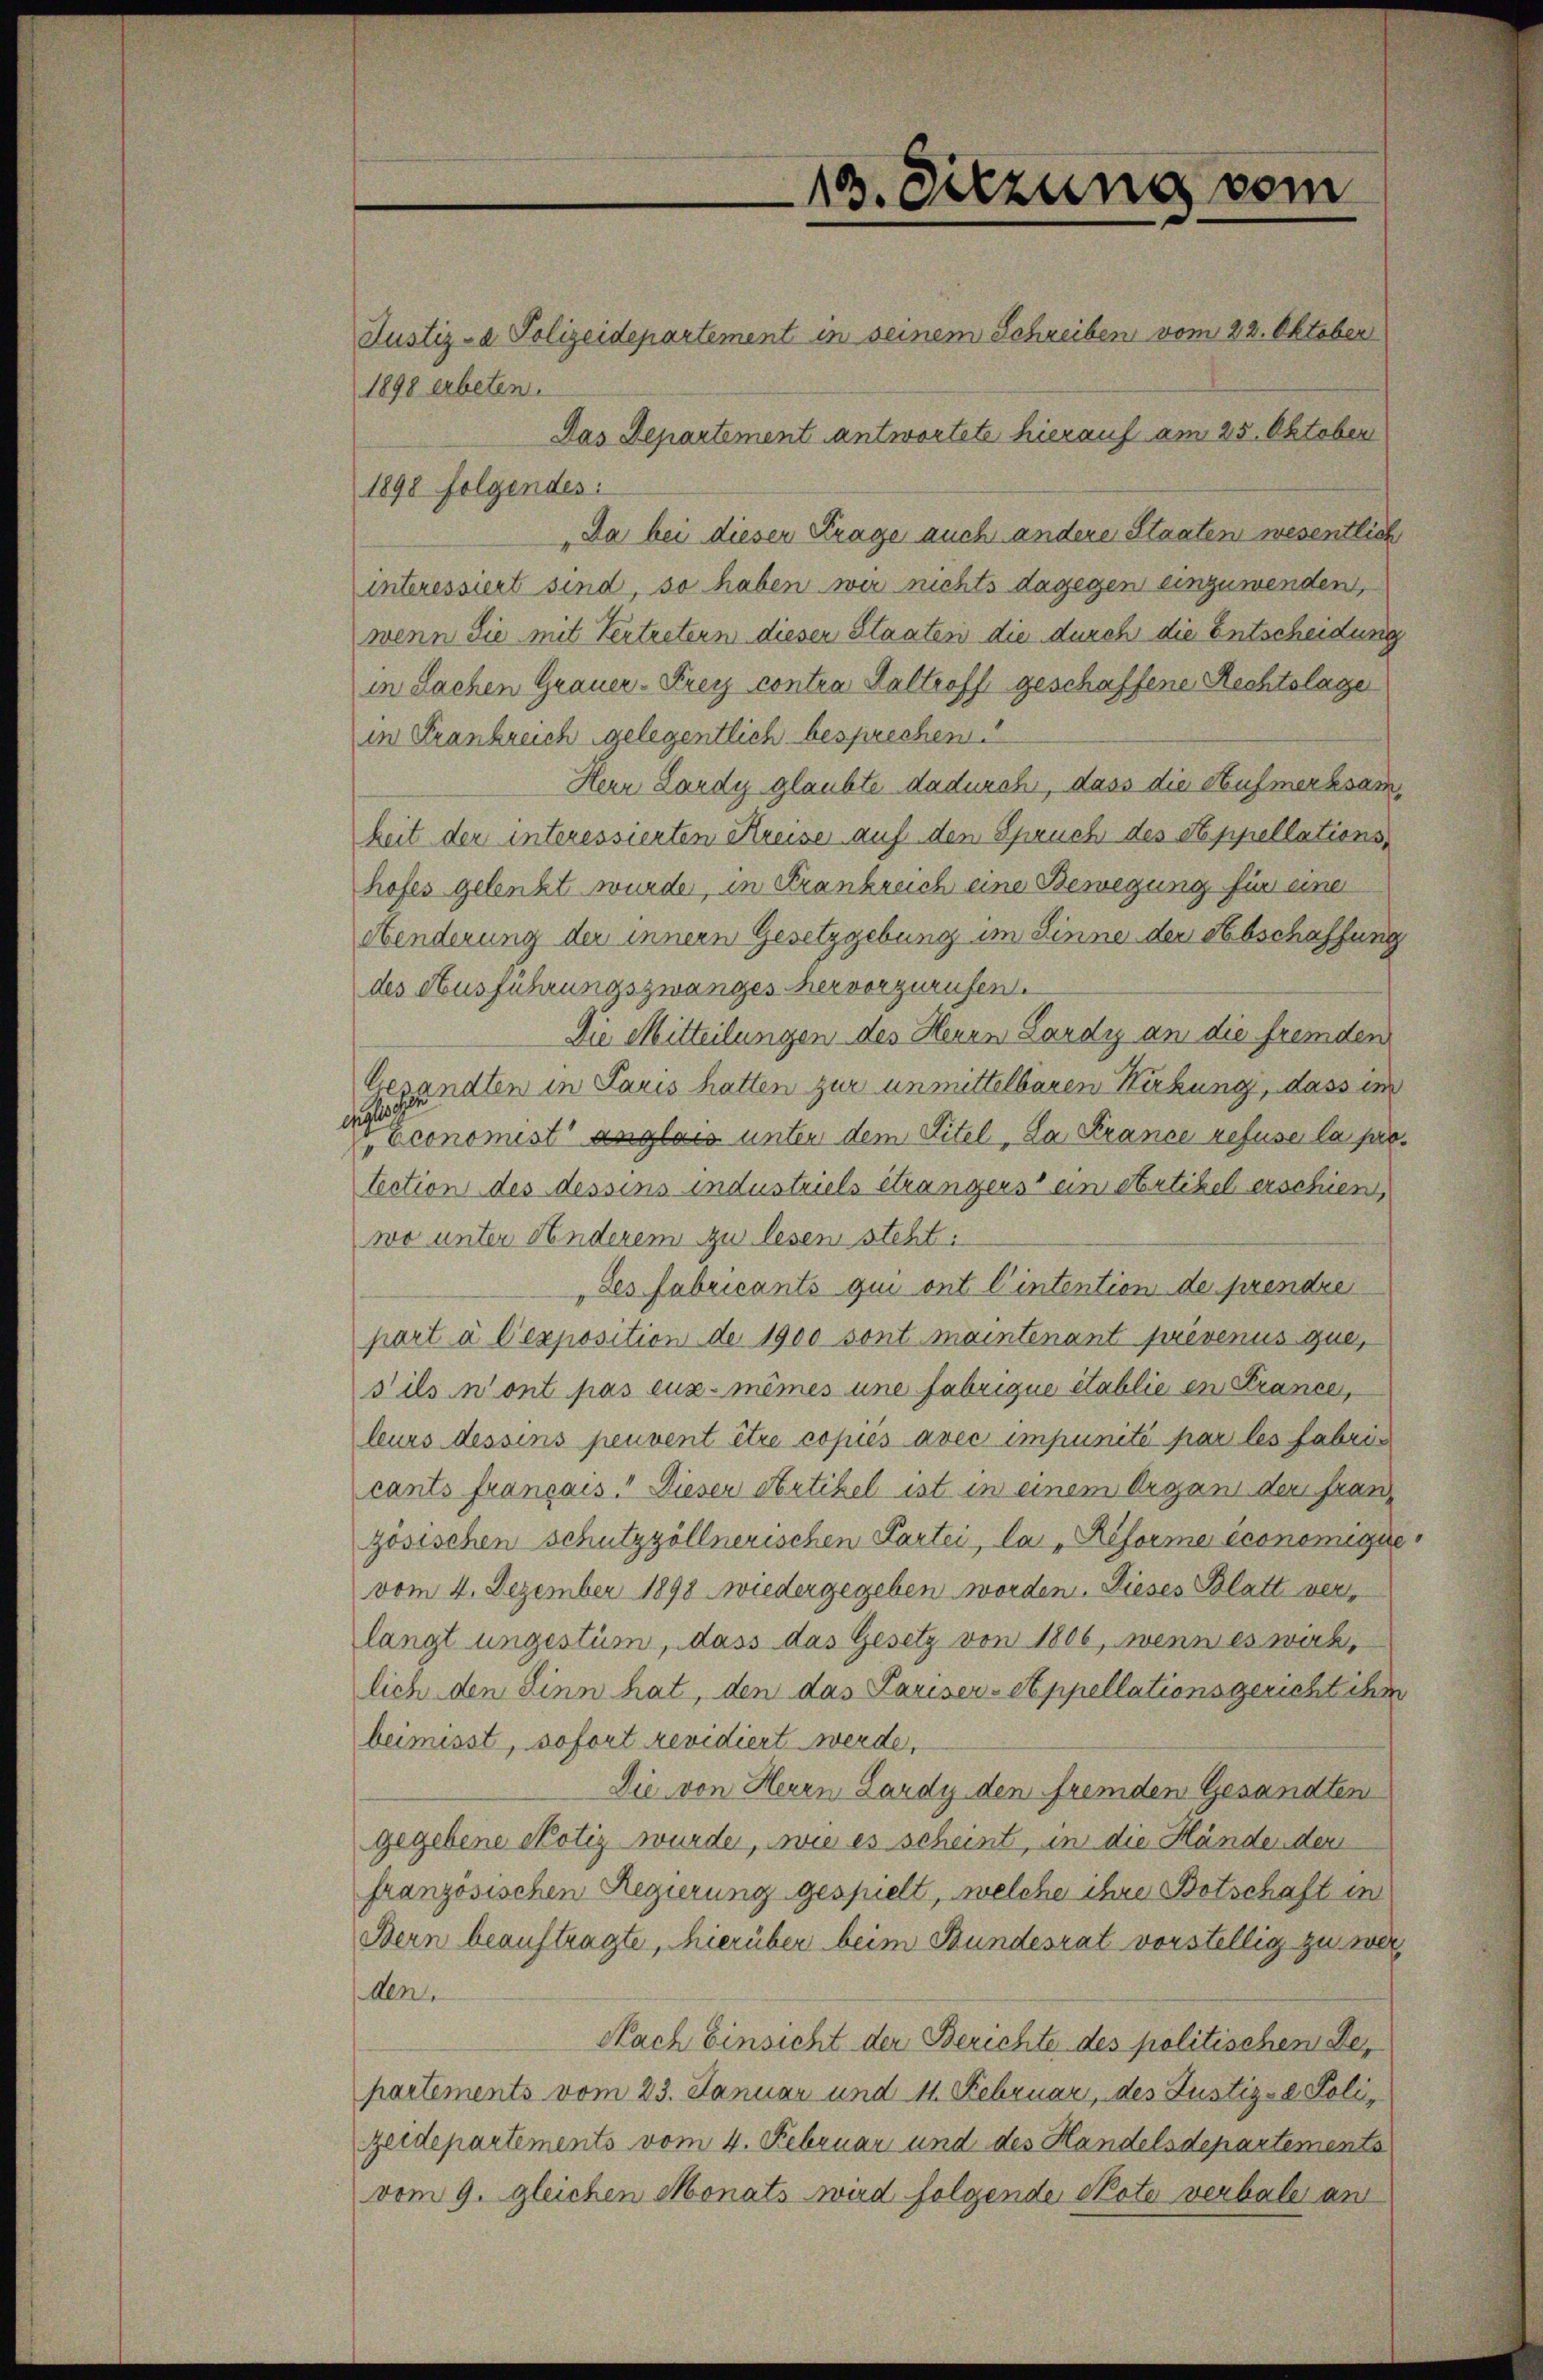
1898 erbeten.

13. Sitzung vom

Justiz- & Polizeidepartement in seinem Schreiben vom 22. Oktober
Das Departement antwortete hierauf am 25. Oktober
1898 folgendes:
Da bei dieser Frage auch andere Staaten wesentlich
interessiert sind, so haben wir nichts dagegen einzuwenden,
wenn die mit Vertretern dieser Staaten die durch die Entscheidung
in Sachen Grauer Frey contra Kaltroff geschaffene Rechtslage
in Frankreich gelegentlich besprechen.
Herr Lardy glaubte dadurch, dass die Aufmerksamkeit der interessierten Kreise auf den Spruch des Appellationshofes gelenkt wurde, in Frankreich eine Bewegung für eine
Aenderung der innern Gesetzgebung im Sinne der Abschaffung
des Ausführungszwanges hervorzurufen.
Die Mitteilungen des Heuen Lardy an die fremden
Gesandten in Paris hatten zur unmittelbaren Wirkung, dass im
 Economist" anglais unter dem Titel, Da Krance refuse la prolection des dessens industriels étrangers ein Artikel erschien,
wo unter Hinderem zu lesen steht.
des Fabricants qui ont l’intention de prendre
part à l’exposition de 1900 sont maintenant prévenus que,
s’ils n’ont pas eux-mêmes une fabrique établie en France,
leurs dessens peuvent être copies avec impunité par les fabricants français. Dieser Artikel ist in einem Organ der franz
zösischen Schutzzöllnerischen Partei, la „Reforme economigie
vom 4. Dezember 1898 wiedergegeben worden. Dieses Blatt verlangt ungestüm, dass das Gesetz von 1806, wenn es wirk,
lich den Sinn hat, den das Pariser-Appellationsgericht ihm
beimisst, sofort revidiert werde,
Die von Herrn Lardy den fremden Gesandten
gegebene Notiz wurde, wie es scheint, in die Händenden
französischen Regierung gespielt, welche ihre Botschaft in
Bern beauftragte, hierüber beim Bundesrat vorstellig zu wer¬
Aen
Nach Einsicht der Berichte des politischen Departements vom 23. Januar und 11. Februar, des Justiz- & Polizeidepartements vom 4. Februar und des Handelsdepartements
vom 9. gleichen Monats wird folgende Note verbale an